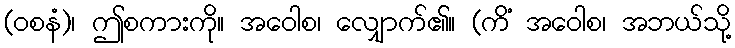
(ဝစနံ)၊ ဤစကားကို။ အဝေါစ၊ လျှောက်၏။ (ကိံ အဝေါစ၊ အဘယ်သို့